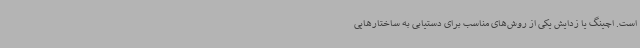
است. اچینگ یا زدایش یکی از روش‌های مناسب برای دستیابی به ساختارهایی